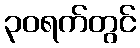
၃၀ရက်တွင်